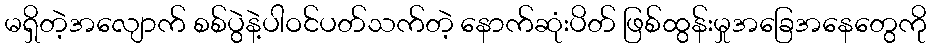
မရှိတဲ့အလျောက် စစ်ပွဲနဲ့ပါဝင်ပတ်သက်တဲ့ နောက်ဆုံးပိတ် ဖြစ်ထွန်းမှုအခြေအနေတွေကို